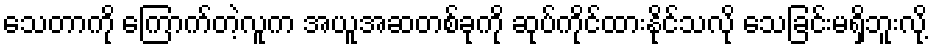
သေတာကို ကြောက်တဲ့လူက အယူအဆတစ်ခုကို ဆုပ်ကိုင်ထားနိုင်သလို သေခြင်းမရှိဘူးလို့